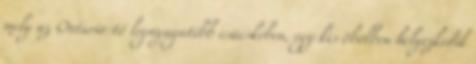
mely az Ontario-tó legnyugatibb csücskében, egy kis öbölben helyezkedik